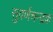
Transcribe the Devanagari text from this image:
सुवर्णचन्द्रक